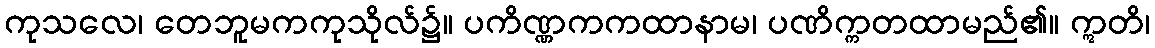
ကုသလေ၊ တေဘူမကကုသိုလ်၌။ ပကိဏ္ဏကကထာနာမ၊ ပဏိက္ကတထာမည်၏။ ဣတိ၊